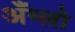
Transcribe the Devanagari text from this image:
अँग्लो